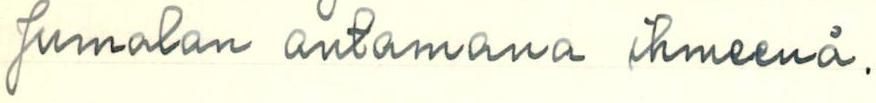
Jumalan antamana ihmeenä.